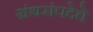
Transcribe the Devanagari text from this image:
ग्रंथसंपदेचे